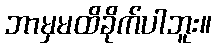
ဘာမှမထိခိုက်ပါဘူး။